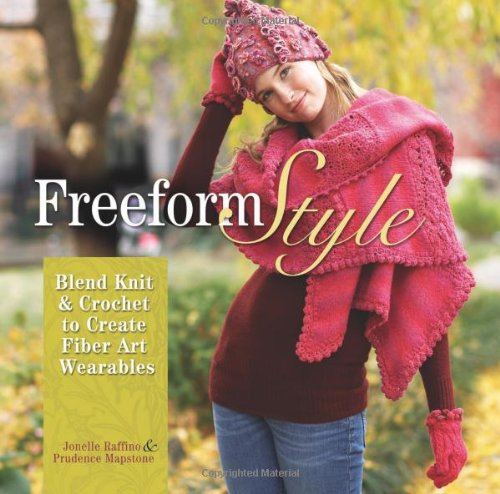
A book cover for Freeform Style: Blend Knit and Crochet to Create Fiber Art Wearables; Jonelle Raffino; Crafts, Hobbies & Home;